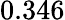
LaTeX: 0.346